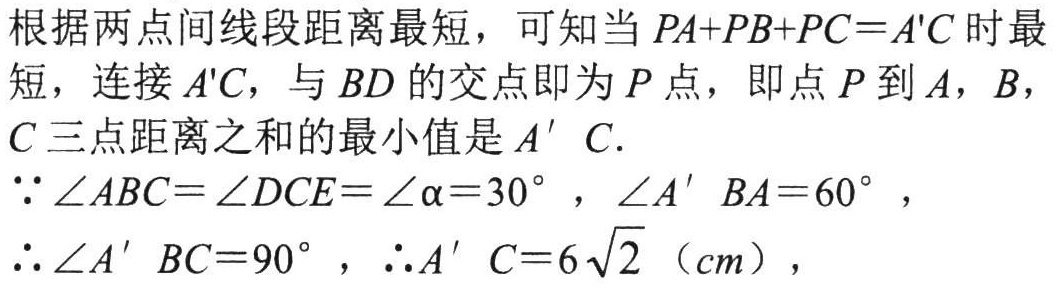
根据两点间线段距离最短，可知当 \(PA + PB + PC = A'C\) 时最短，连接 \(A'C\)，与 \(BD\) 的交点即为 \(P\) 点，即点 \(P\) 到 \(A\)，\(B\)，\(C\) 三点距离之和的最小值是 \(A^{\prime}C\).

\(\because\angle ABC = \angle DCE=\angle\alpha = 30^{\circ}\)，\(\angle A^{\prime}BA = 60^{\circ}\)，

\(\therefore\angle A^{\prime}BC = 90^{\circ}\)，\(\therefore A^{\prime}C = 6\sqrt{2}\)（\(cm\)），